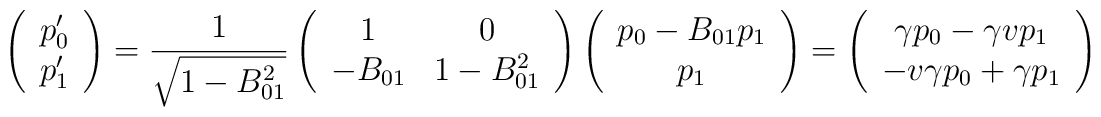
\left(\begin{array}{c}p'_{0} \\ p'_{1}\end{array}\right)={1\over\sqrt{1-B_{01}^{2}}} \left(\begin{array}{cc}1 & 0 \\-B_{01} & 1-B_{01}^{2}\end{array}\right) \left(\begin{array}{c}p_{0}-B_{01}p_{1} \\p_{1}\end{array}\right) =\left(\begin{array}{c}\gamma p_{0}-\gamma vp_{1} \\-v\gamma p_{0}+\gamma p_{1}\end{array}\right)